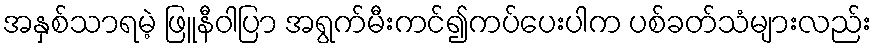
အနှစ်သာရမဲ့ ဖြူနီဝါပြာ အရွက်မီးကင်၍ကပ်ပေးပါက ပစ်ခတ်သံများလည်း